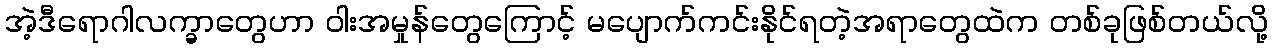
အဲ့ဒီရောဂါလက္ခာတွေဟာ ဝါးအမှုန်တွေကြောင့် မပျောက်ကင်းနိုင်ရတဲ့အရာတွေထဲက တစ်ခုဖြစ်တယ်လို့